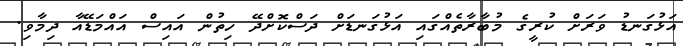
އަޅުގަނޑު ވަރަށް ކުރީގެ މުބާރާތެއްގައި އަޅުގަނޑަށް ދަސްކޮށްދޭ ހިތުން އައިސް އައްމަޑޭއާ ދިމާވި.